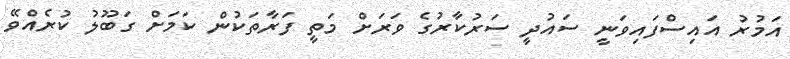
އަމުރު އައިސްފައިވަނީ ސައުދީ ސަރުކާރުގެ ވަރަށް މަތީ ފަރާތަކުން ކަމަށް ގަބޫލު ކުރެއްވޭ